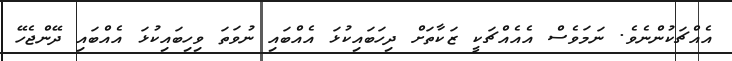
އެއްޗަކުންނެވެ. ނަމަވެސް އެއެއްޗަކީ ޒަކާތަށް ދިހަބައިކުޅަ އެއްބައި ނުވަތަ ވިހިބައިކުޅަ އެއްބައި ދޭންޖެހޭ